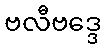
ဗလီဗဒ္ဒေ